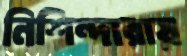
নিশিন্দারায়